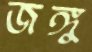
জঙ্গু